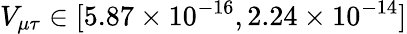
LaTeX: V_{\mu\tau}\in[5.87\times 10^{-16},2.24\times 10^{-14}]